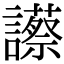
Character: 𧭝